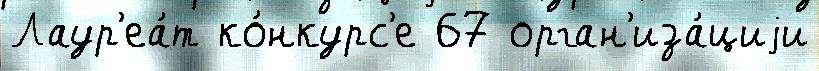
Лаур'еа́т ко́нкурс'е 67 орган'иза́циjи